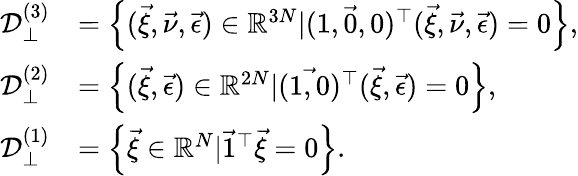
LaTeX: \begin{array}{rl}{\mathcal{D}_{\perp}^{(3)}}&{=\left\{ (\vec{\xi},\vec{\nu},\vec{\epsilon})\in\mathbb{R}^{3N}|(\vec{1,0,0})^{\top}(\vec{\xi},\vec{\nu},\vec{\epsilon})=0\right\} ,}\\ {\mathcal{D}_{\perp}^{(2)}}&{=\left\{ (\vec{\xi},\vec{\epsilon})\in\mathbb{R}^{2N}|(\vec{1,0})^{\top}(\vec{\xi},\vec{\epsilon})=0\right\} ,}\\ {\mathcal{D}_{\perp}^{(1)}}&{=\left\{ \vec{\xi}\in\mathbb{R}^{N}|\vec{1}^{\top}\vec{\xi}=0\right\} .}\end{array}